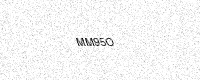
Text: MM95O